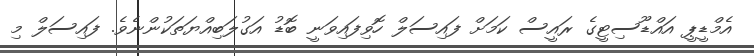
އެމްޑީޕީ އައްޑޫސިޓީގެ ރައީސް ކަމަށް ފައިސަލް ހޮވިފައިވަނީ ބޮޑު އަގުލަބިއްޔަތަކުންނެވެ. ފައިސަލް މި